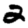
Digit: 2